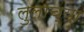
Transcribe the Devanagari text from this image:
लुलाच्या